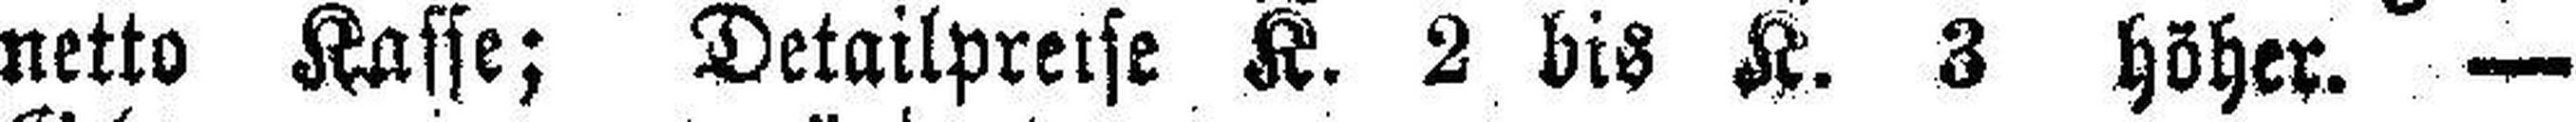
netto Kasse; Detailpreise K. 2 bis K. 3 höher. —